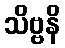
သိဗ္ဗနိ